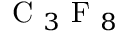
{ \mathrm { ~ C ~ } } _ { 3 } { \mathrm { ~ F ~ } } _ { 8 }